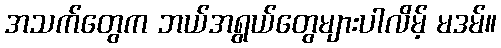
အသက်တွေက ဘယ်အရွယ်တွေများပါလိမ့် မဒမ်။